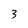
Character: 3